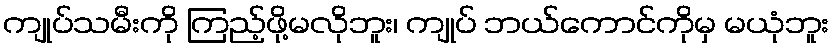
ကျုပ်သမီးကို ကြည့်ဖို့မလိုဘူး၊ ကျုပ် ဘယ်ကောင်ကိုမှ မယုံဘူး